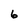
Character: 6